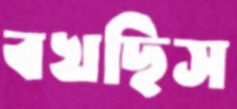
বখছিস